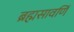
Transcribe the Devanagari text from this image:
ब्रह्मसावर्णि